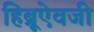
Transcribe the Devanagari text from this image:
हिब्रूऐवजी